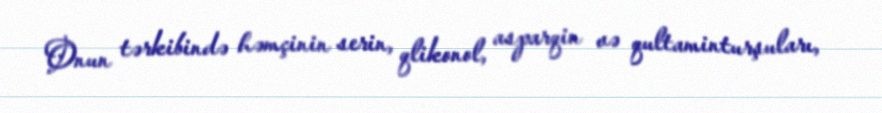
Onun tərkibində həmçinin serin, qlikonol, asparqin və qultaminturşuları,